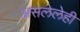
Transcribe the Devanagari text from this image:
असलेलेही